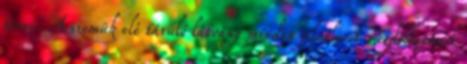
törni. A szemük elé táruló látvány minden jelenlevőt megdöbbenéssel